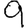
Digit: 9